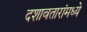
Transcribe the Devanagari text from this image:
दशावतारांमध्ये